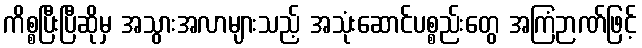
ကိစ္စပြီးပြီဆိုမှ အသွားအလာများသည့် အသုံးဆောင်ပစ္စည်းတွေ အကြံဉာဏ်ဖြင့်